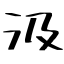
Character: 汲